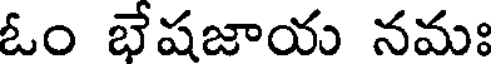
ఓం భేషజాయ నమః